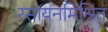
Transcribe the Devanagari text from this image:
रसायनमिश्रित